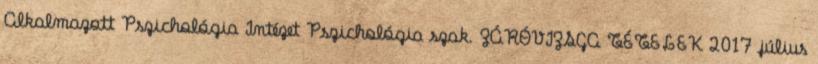
Alkalmazott Pszichológia Intézet Pszichológia szak. ZÁRÓVIZSGA TÉTELEK 2017 július